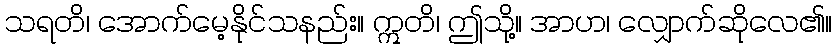
သရတိ၊ အောက်မေ့နိုင်သနည်း။ ဣတိ၊ ဤသို့။ အာဟ၊ လျှောက်ဆိုလေ၏။